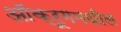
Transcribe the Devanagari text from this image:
ऑक्रूगमधील